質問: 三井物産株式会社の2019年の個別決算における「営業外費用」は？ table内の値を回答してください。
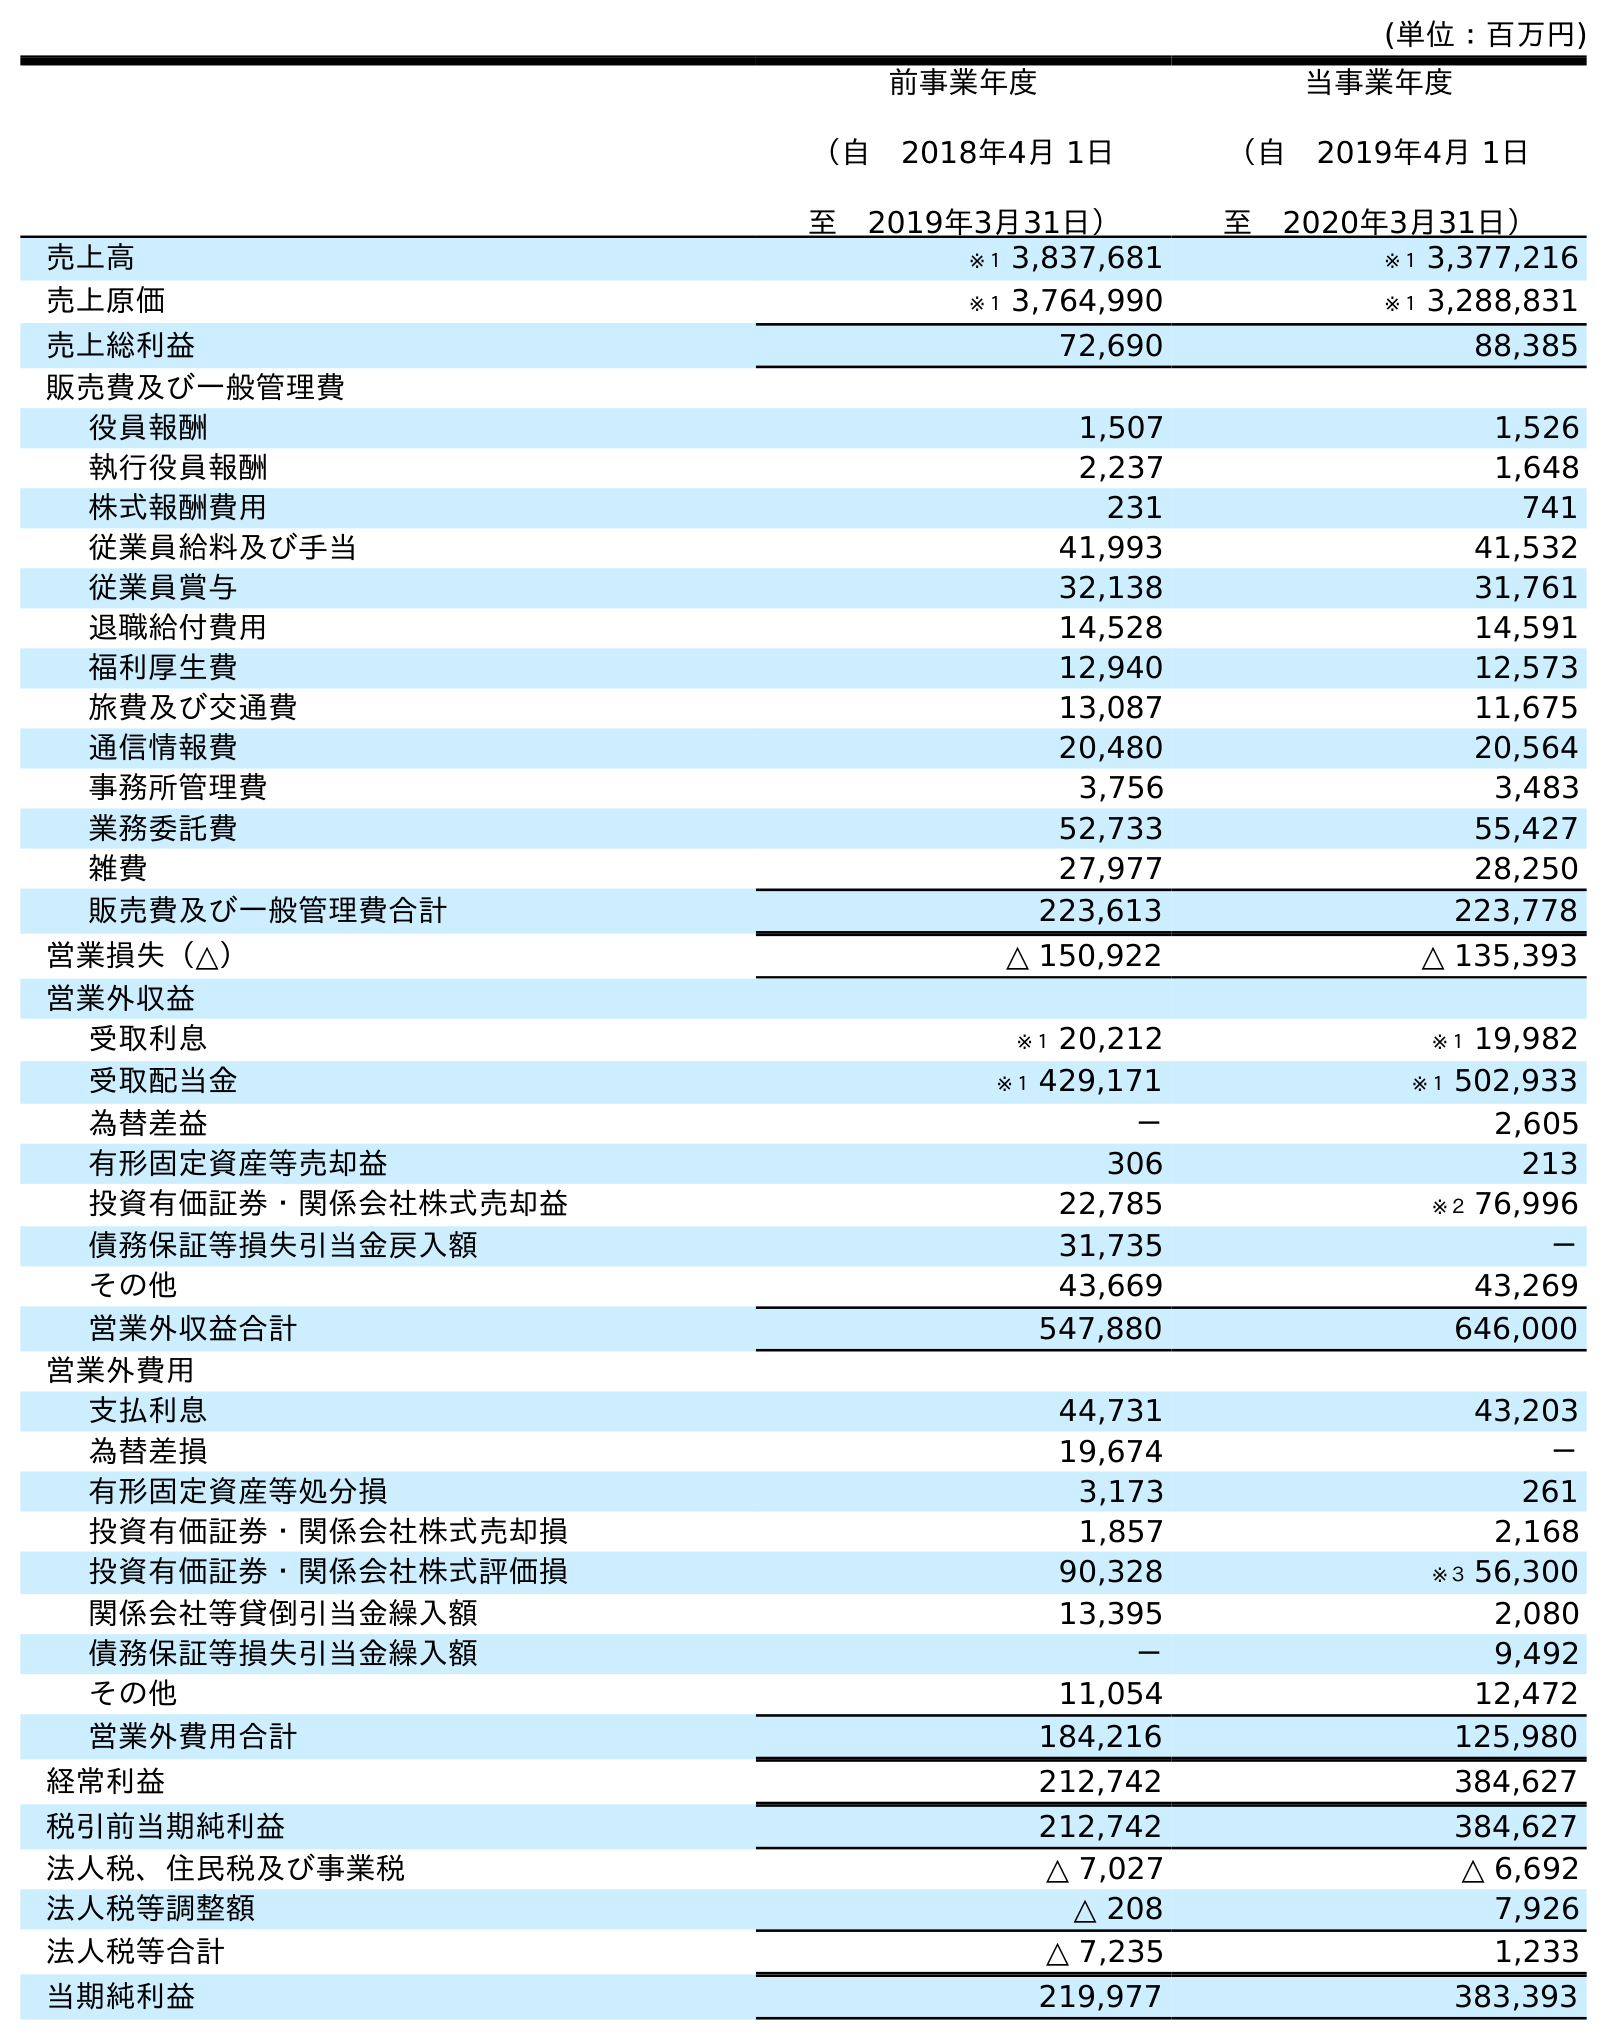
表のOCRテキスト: (単位：百万円) 前事業年度 （自 2018年4月 1日 至 2019年3月31日） 当事業年度 （自 2019年4月 1日 至 2020年3月31日） 売上高 ※１ 3,837,681 ※１ 3,377,216 売上原価 ※１ 3,764,990 ※１ 3,288,831 売上総利益 72,690 88,385 販売費及び一般管理費 役員報酬 1,507 1,526 執行役員報酬 2,237 1,648 株式報酬費用 231 741 従業員給料及び手当 41,993 41,532 従業員賞与 32,138 31,761 退職給付費用 14,528 14,591 福利厚生費 12,940 12,573 旅費及び交通費 13,087 11,675 通信情報費 20,480 20,564 事務所管理費 3,756 3,483 業務委託費 52,733 55,427 雑費 27,977 28,250 販売費及び一般管理費合計 223,613 223,778 営業損失（△） △ 150,922 △ 135,393 営業外収益 受取利息 ※１ 20,212 ※１ 19,982 受取配当金 ※１ 429,171 ※１ 502,933 為替差益 － 2,605 有形固定資産等売却益 306 213 投資有価証券・関係会社株式売却益 22,785 ※２ 76,996 債務保証等損失引当金戻入額 31,735 － その他 43,669 43,269 営業外収益合計 547,880 646,000 営業外費用 支払利息 44,731 43,203 為替差損 19,674 － 有形固定資産等処分損 3,173 261 投資有価証券・関係会社株式売却損 1,857 2,168 投資有価証券・関係会社株式評価損 90,328 ※３ 56,300 関係会社等貸倒引当金繰入額 13,395 2,080 債務保証等損失引当金繰入額 － 9,492 その他 11,054 12,472 営業外費用合計 184,216 125,980 経常利益 212,742 384,627 税引前当期純利益 212,742 384,627 法人税、住民税及び事業税 △ 7,027 △ 6,692 法人税等調整額 △ 208 7,926 法人税等合計 △ 7,235 1,233 当期純利益 219,977 383,393
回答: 184,216